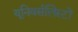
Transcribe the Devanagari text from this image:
यूनिवर्सलिस्टों